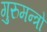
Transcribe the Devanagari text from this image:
गुरुमन्त्रो